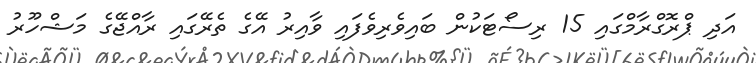
އަދި ޕްރޮގްރާމްގައި 15 ރިސޯޓަކުން ބައިވެރިވެފައި ވާއިރު އޭގެ ތެރޭގައި ރާއްޖޭގެ މަޝްހޫރު